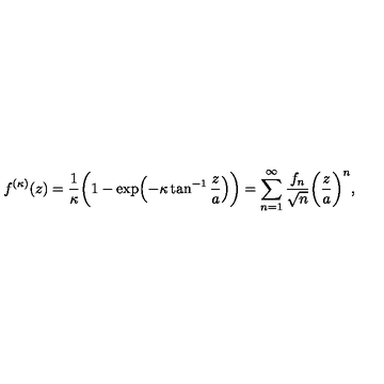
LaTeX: f ^ { ( \kappa ) } ( z ) = \frac { 1 } { \kappa } \biggl ( 1 - \exp \Bigl ( - \kappa \tan ^ { - 1 } \frac { z } { a } \Bigr ) \biggr ) = \sum _ { n = 1 } ^ { \infty } \frac { f _ { n } } { \sqrt { n } } \biggl ( \frac { z } { a } \biggr ) ^ { n } ,